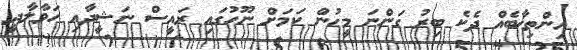
އިންތިޚާބެއް ދެކެ ބިރު ގަންނަ މީހުން ކަމަށް ނޫހުގައި ރައީސް ނަޝީދާއި ހަވާލާދީ